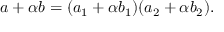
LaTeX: a + \alpha b = ( a _ { 1 } + \alpha b _ { 1 } ) ( a _ { 2 } + \alpha b _ { 2 } ) .